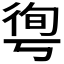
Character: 𢔐